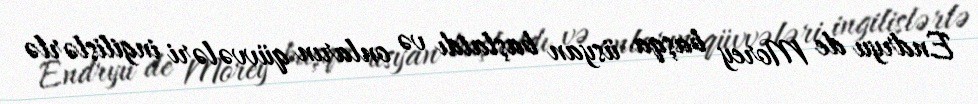
Endryu de Morey başqa üsyan başlatdı və onların qüvvələri ingilislərlə